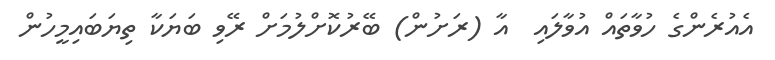
އެއުރެންގެ ހުވާތައް އުވާލައި  އާ (ރަށުން) ބޭރުކޮށްލުމަށް ރޭވި ބަޔަކާ ތިޔަބައިމީހުން